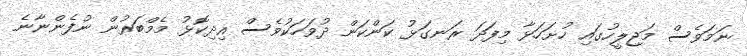
ނަމަވެސް މަޖިލީހުގައި ހުށަހަޅާ މިފަދަ ރަނގަޅު ކަންކަން ދުވަހަކުވެސް އިދިކޮޅު މެމްބަރުން ނުފެންނާނެ